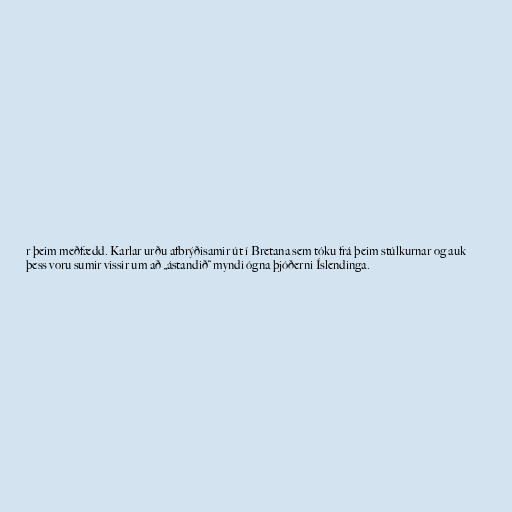
r þeim meðfædd. Karlar urðu afbrýðisamir út í Bretana sem tóku frá þeim stúlkurnar og auk
þess voru sumir vissir um að „ástandið“ myndi ógna þjóðerni Íslendinga.